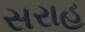
સરાહ